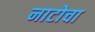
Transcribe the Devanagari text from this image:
नाटोचा